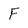
Character: F